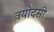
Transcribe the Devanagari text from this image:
त्रयोदसी